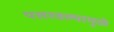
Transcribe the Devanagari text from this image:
पसरवल्यामुळे